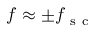
f \approx \pm f _ { \mathrm { ~ s ~ c ~ } }